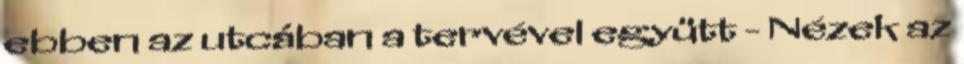
ebben az utcában a tervével együtt - Nézek az